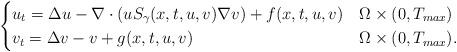
LaTeX: \begin{align*} \begin{cases} u_t=\Delta u-\nabla \cdot (uS_\gamma(x,t,u,v)\nabla v)+f(x,t,u,v)& \Omega \times (0,T_{max})\\ v_t=\Delta v-v+g(x,t,u,v) & \Omega \times (0,T_{max}). \end{cases}\end{align*}